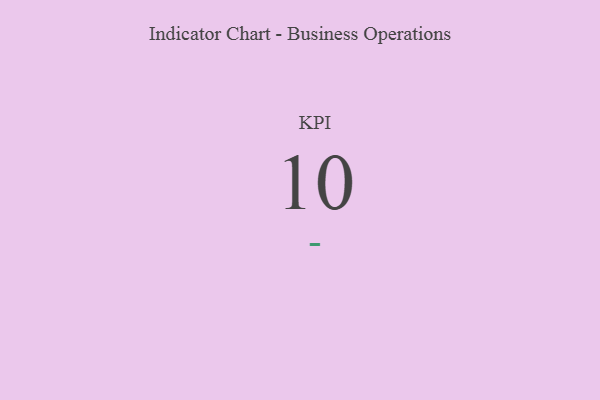
{"axis": {"x": "KPI", "y": "Value"}, "legend": [""], "data": [{"x": "KPI", "y": 10, "type": ""}]}